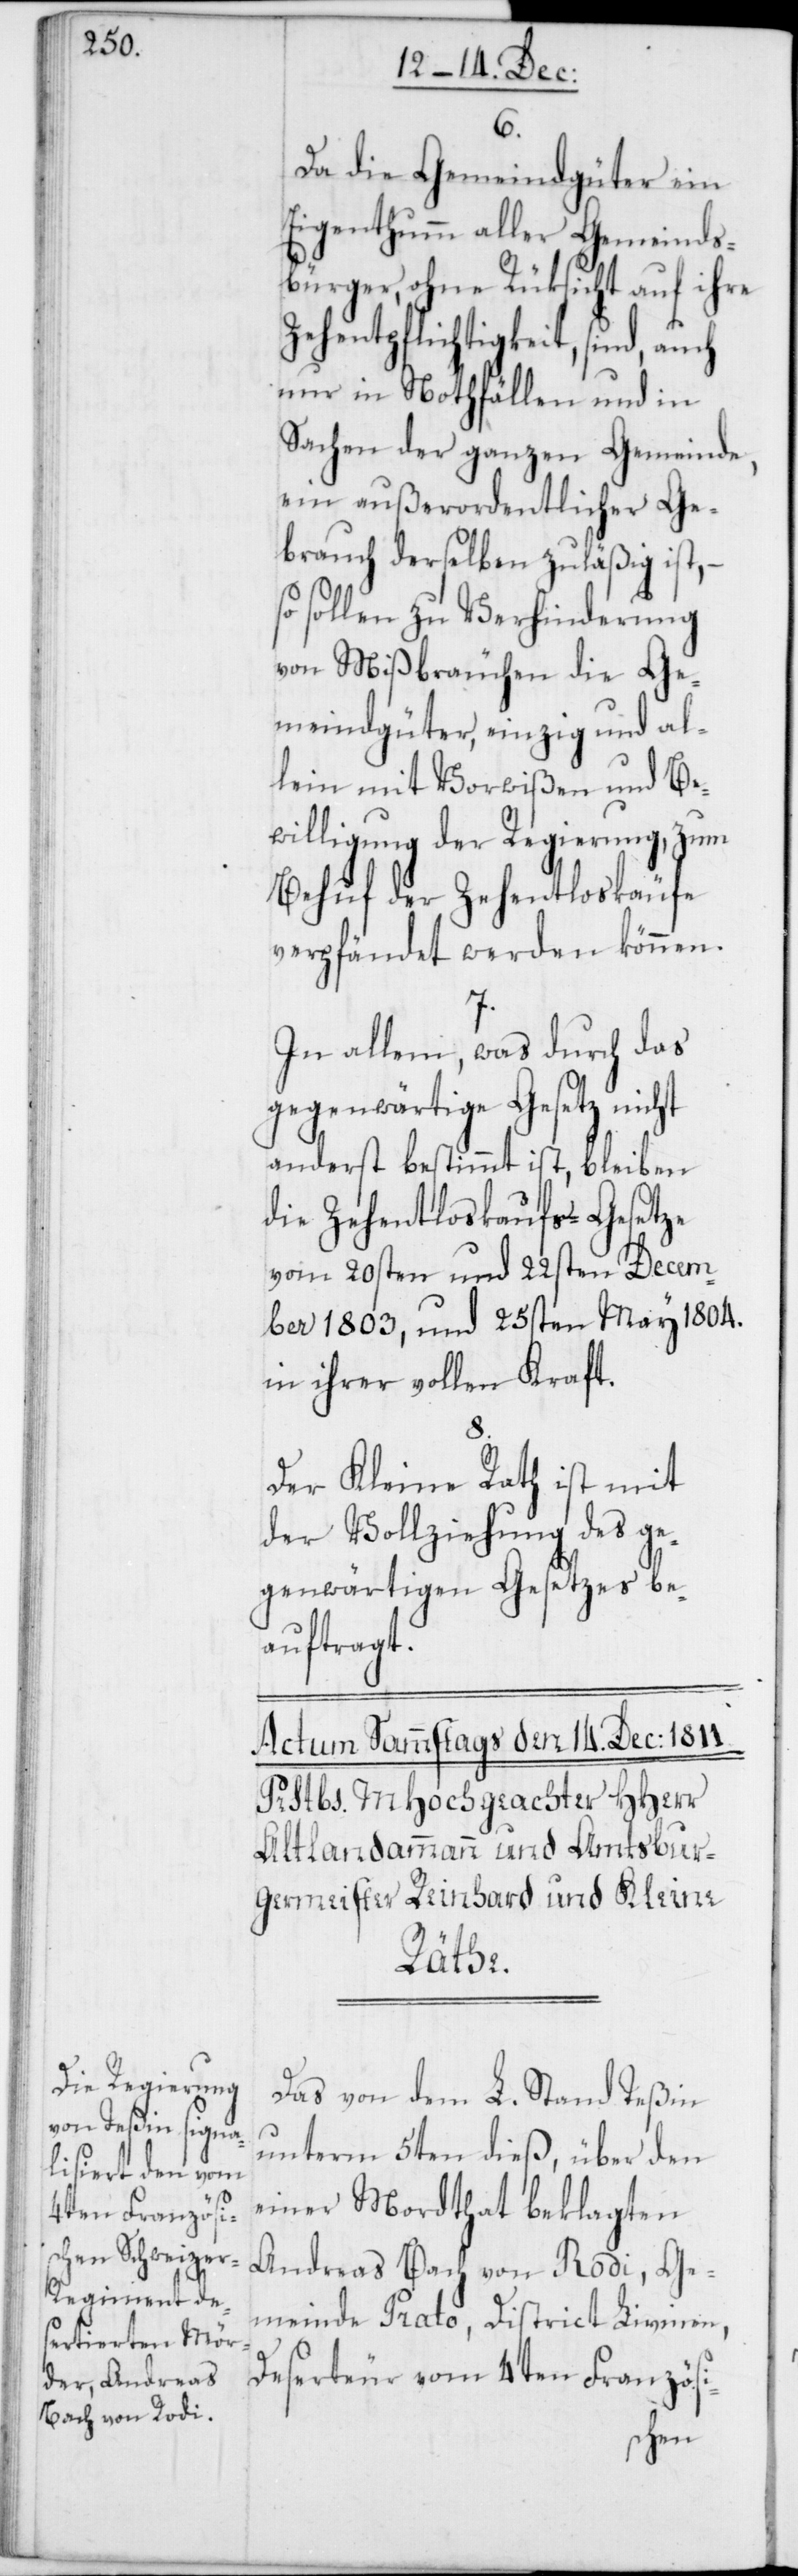
Da die Gemeindgüter ein
Eigenthumm aller Gemeinds¬
bürger, ohne Rüksicht auf ihre
Zehentpflichtigkeit, sind,
nur in Nothfällen und in
Sachen der ganzen Gemeinde,
ein außerordentlicher Ge¬
brauch derselben zuläßig ist,
sollen zu Verhinderung
von Mißbräuchen die Ge¬
meindgüter, einzig und al¬
lein mit Vorwißen und Be¬
willigung der Regierung, zum
Behuf der Zehentloskäufe
verpfändet werden können.
7.
In allem, was durch das
gegenwärtige Gesetz nicht
anderst bestimmt ist, bleiben
die Zehentloskaufs-Gesetze
vom 20sten und 22sten Decem¬
ber 1803, und 25sten May 1804.
in ihrer vollen Kraft.
8.
Der Kleine Rath ist mit
der Vollziehung des ge¬
genwärtigen Gesetzes be¬
auftragt.
Das von dem L. Stand Teßin
unterm 5ten dieß, über den
einer Mordthat beklagten
Andreas Bach von Rodi, Ge¬
meinde Prato, District Livinen,
Deserteur vom 4ten Französi-